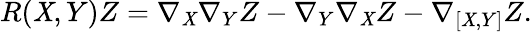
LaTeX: R(\mathit{X},Y)Z=\nabla_{\mathit{X}}\nabla_{Y}Z-\nabla_{Y}\nabla_{\mathit{X}}Z-\nabla_{[\mathit{X},Y]}Z.